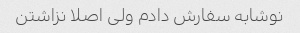
نوشابه سفارش دادم ولی اصلا نزاشتن